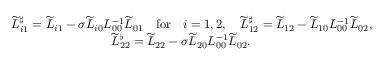
\begin{array} { r l } & { \widetilde { L } _ { i 1 } ^ { \sharp } = \widetilde { L } _ { i 1 } - \sigma \widetilde { L } _ { i 0 } L _ { 0 0 } ^ { - 1 } \widetilde { L } _ { 0 1 } \quad \mathrm { f o r } \quad i = 1 , 2 , \quad \widetilde { L } _ { 1 2 } ^ { \sharp } = \widetilde { L } _ { 1 2 } - \widetilde { L } _ { 1 0 } L _ { 0 0 } ^ { - 1 } \widetilde { L } _ { 0 2 } , } \\ & { \qquad \qquad \qquad \qquad \widetilde { L } _ { 2 2 } ^ { \flat } = \widetilde { L } _ { 2 2 } - \sigma \widetilde { L } _ { 2 0 } L _ { 0 0 } ^ { - 1 } \widetilde { L } _ { 0 2 } . } \end{array}